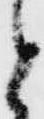
と